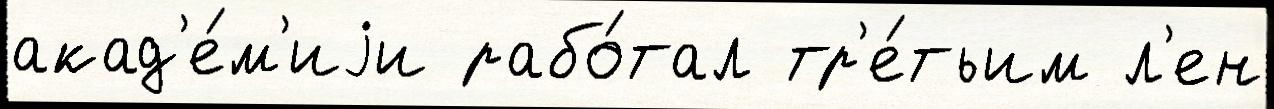
акад'е́м'иjи рабо́тал тр'е́тьим л'ен